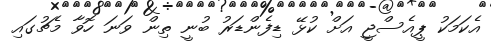
އެކަމަކު ޕީއެސްޖީ އަށް ކުޅޭ ޑިފެންޑަރު ބުނީ ތިން ވަނަ ހޮވާ މެޗުގައި